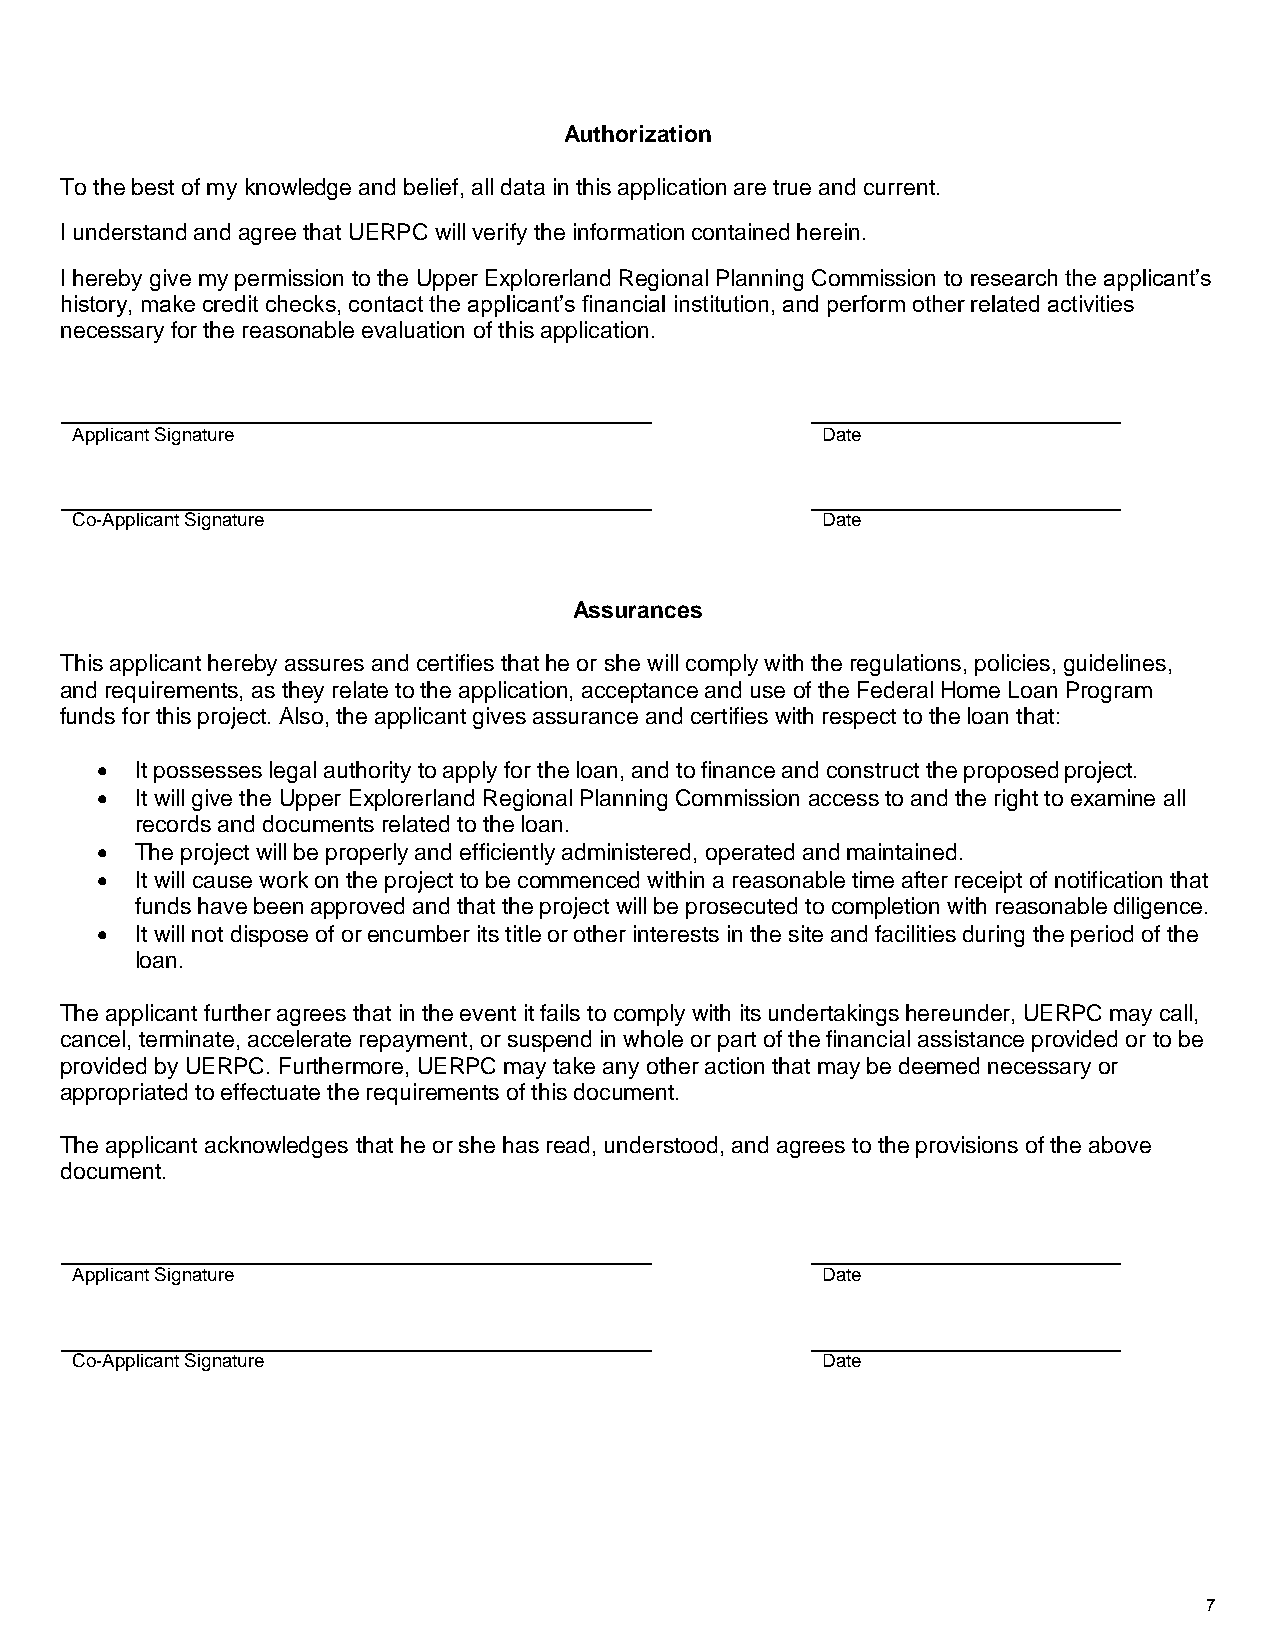
Authorization
 To the best of my knowledge and belief, all data in this application are true and current.
 I understand and agree that UERPC will verify the information contained herein.
 I hereby give my permission to the Upper Explorerland Regional Planning Commission to research the applicant’s
 history, make credit checks, contact the applicant’s financial institution, and perform other related activities
 necessary for the reasonable evaluation of this application.
 Applicant Signature                              Date
 Co-Applicant Signature                           Date
 Assurances
 This applicant hereby assures and certifies that he or she will comply with the regulations, policies, guidelines,
 and requirements, as they relate to the application, acceptance and use of the Federal Home Loan Program
 funds for this project. Also, the applicant gives assurance and certifies with respect to the loan that:
 •  It possesses legal authority to apply for the loan, and to finance and construct the proposed project.
 •  It will give the Upper Explorerland Regional Planning Commission access to and the right to examine all
 records and documents related to the loan.
 •  The project will be properly and efficiently administered, operated and maintained.
 •  It will cause work on the project to be commenced within a reasonable time after receipt of notification that
 funds have been approved and that the project will be prosecuted to completion with reasonable diligence.
 •  It will not dispose of or encumber its title or other interests in the site and facilities during the period of the
 loan.
 The applicant further agrees that in the event it fails to comply with its undertakings hereunder, UERPC may call,
 cancel, terminate, accelerate repayment, or suspend in whole or part of the financial assistance provided or to be
 provided by UERPC. Furthermore, UERPC may take any other action that may be deemed necessary or
 appropriated to effectuate the requirements of this document.
 The applicant acknowledges that he or she has read, understood, and agrees to the provisions of the above
 document.
 Applicant Signature                              Date
 Co-Applicant Signature                           Date
 7